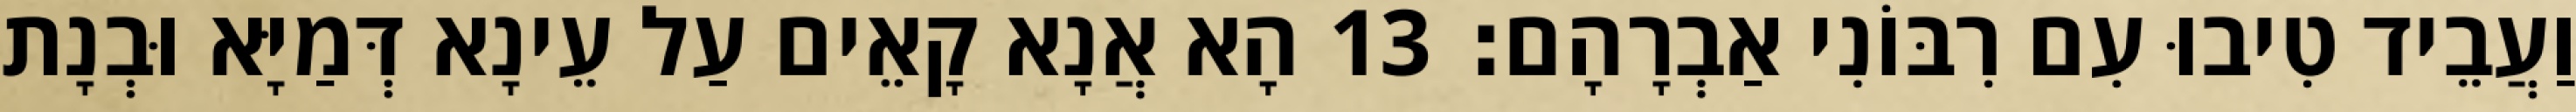
וַעֲבֵיד טִיבוּ עִם רִבּוֹנִי אַבְרָהָם׃ 13 הָא אֲנָא קָאֵים עַל עֵינָא דְּמַיָּא וּבְנָת